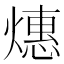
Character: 𬋅